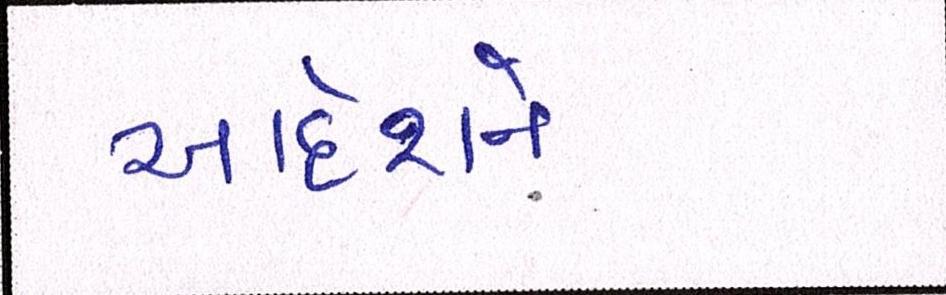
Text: આદેશને